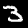
Label: 3